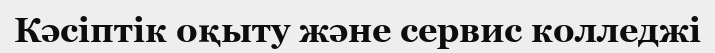
Кәсіптік оқыту және сервис колледжі